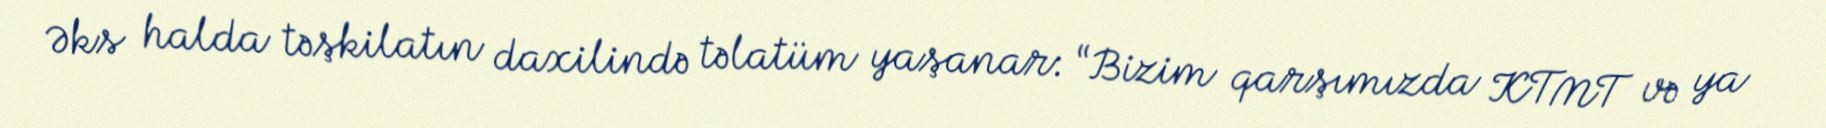
Əks halda təşkilatın daxilində təlatüm yaşanar: “Bizim qarşımızda KTMT və ya